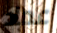
عماد